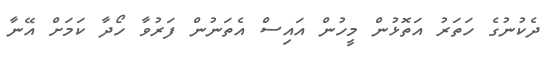
ދެކުނުގެ ހަތަރު އަތޮޅުން މީހުން އައިސް އެތަނުން ފަރުވާ ހޯދާ ކަމަށް އޭނާ